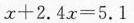
$$x + 2 . 4 x = 5 . 1$$